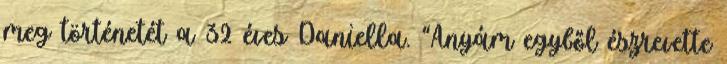
meg történetét a 32 éves Daniella. “Anyám egyből észrevette